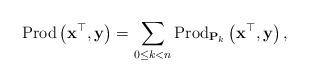
LaTeX: \begin{align*}\mbox{Prod}\left(\mathbf{x}^{\top},\mathbf{y}\right)=\sum_{0\le k<n}\mbox{Prod}_{\mathbf{P}_{k}}\left(\mathbf{x}^{\top},\mathbf{y}\right),\end{align*}